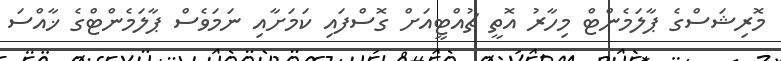
މޮރިޝަސްގެ ޕާލަމެންޓް މިހާރު އޮތީ ޗުއްޓީއަށް ގޮސްފައި ކަމަށާއި ނަމަވެސް ޕާލަމެންޓްގެ ޚާއްސަ